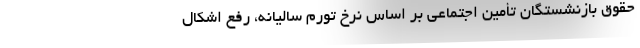
حقوق بازنشستگان تأمین اجتماعی بر اساس نرخ تورم سالیانه، رفع اشکال